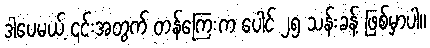
ဒါပေမယ့် ၎င်းအတွက် တန်ကြေးက ပေါင် ၂၅ သန်းခန့် ဖြစ်မှာပါ။